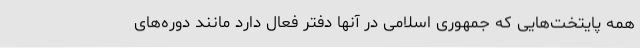
همه پایتخت‌هایی که جمهوری اسلامی در آنها دفتر فعال دارد مانند دوره‌های